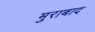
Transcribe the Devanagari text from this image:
मुराबाद